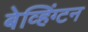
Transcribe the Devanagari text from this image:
बेव्हिंग्टन